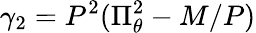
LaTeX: \gamma_{2}=P^{2}(\Pi_{\theta}^{2}-M/P)